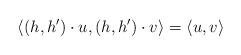
LaTeX: \begin{align*}\langle(h,h')\cdot u, (h,h')\cdot v\rangle = \langle u,v\rangle\end{align*}